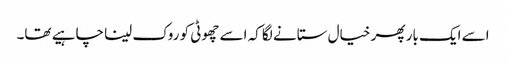
اسے ایک بار پھر خیال ستانے لگا کہ اسے چھوٹی کو روک لینا چاہیے تھا۔